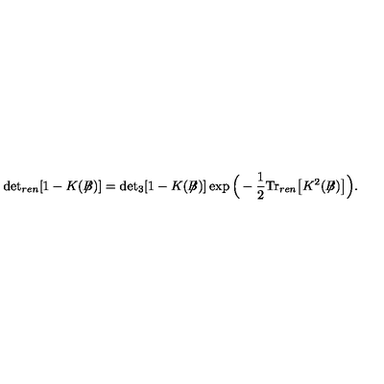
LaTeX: \mathrm { d e t } _ { r e n } [ 1 - K ( \not { \! \! B } ) ] = \mathrm { d e t } _ { 3 } [ 1 - K ( \not { \! \! B } ) ] \exp \Big ( - \frac { 1 } { 2 } \mathrm { T r } _ { r e n } \big [ K ^ { 2 } ( \not { \! \! B } ) \big ] \Big ) .